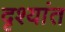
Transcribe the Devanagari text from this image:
दृश्यांत